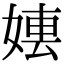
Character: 𡞤